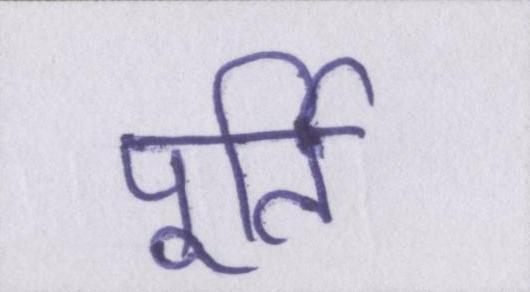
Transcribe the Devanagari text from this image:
पूर्ति